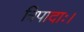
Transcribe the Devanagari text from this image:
त्रिपादाः।